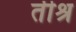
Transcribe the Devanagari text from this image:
तीश्र